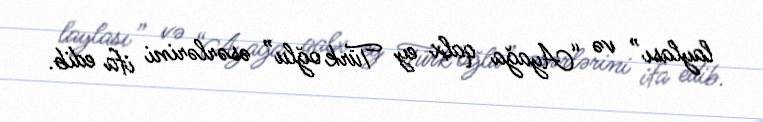
laylası” və “Ayağa qalx ey Türk oğlu” əsərlərini ifa edib.